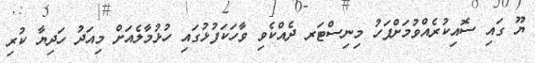
ޔޫ ގައި ސޮއިކުރެއްވުމަށްފަހު މިނިސްޓަރ ދެއްކެވި ވާހަކަފުޅުގައި ހުޅުމާލެއަށް މިއަދު ހަދިޔާ ކުރި